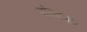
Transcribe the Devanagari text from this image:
चोरबाज़ार